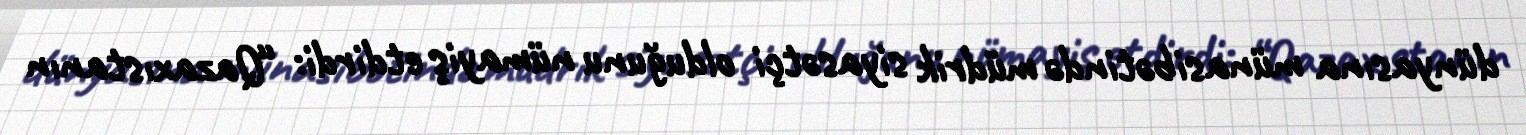
dünyasına münasibətində müdrik siyasətçi olduğunu nümayiş etdirdi: “Qazaxıstanın